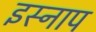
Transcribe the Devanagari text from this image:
इस्नाप